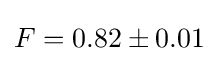
F=0.82\pm 0.01